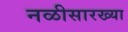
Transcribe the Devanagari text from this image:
नळीसारख्या